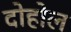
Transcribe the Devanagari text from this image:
दोहोल